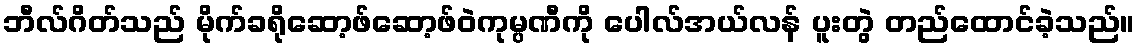
ဘီလ်ဂိတ်သည် မိုက်ခရိုဆော့ဖ်ဆော့ဖ်ဝဲကုမ္ပဏီကို ပေါလ်အယ်လန် ပူးတွဲ တည်ထောင်ခဲ့သည်။